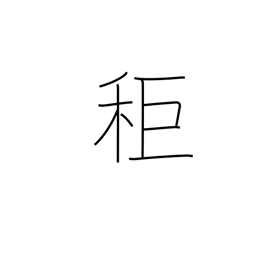
Meaning: a type of millet